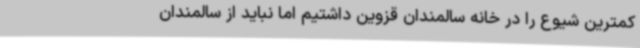
کمترین شیوع را در خانه سالمندان قزوین داشتیم اما نباید از سالمندان